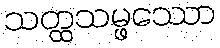
သတ္ထသမ္ဖဿော